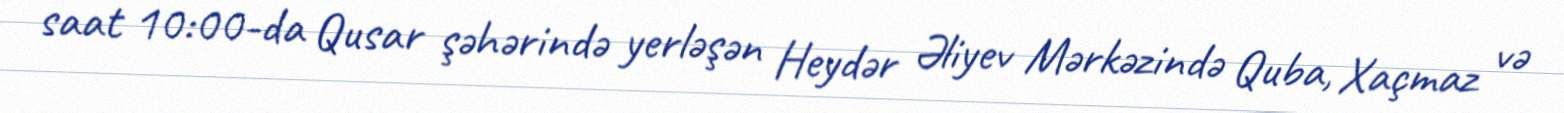
saat 10:00-da Qusar şəhərində yerləşən Heydər Əliyev Mərkəzində Quba, Xaçmaz və